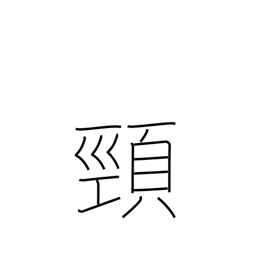
Meaning: neck